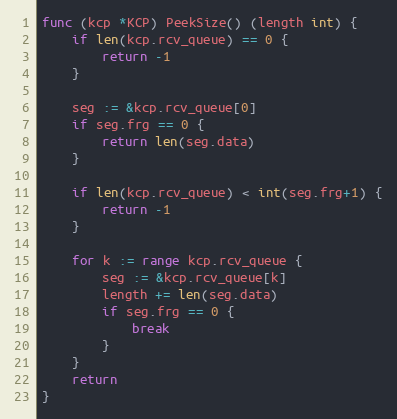
Language: Go
func (kcp *KCP) PeekSize() (length int) {
	if len(kcp.rcv_queue) == 0 {
		return -1
	}

	seg := &kcp.rcv_queue[0]
	if seg.frg == 0 {
		return len(seg.data)
	}

	if len(kcp.rcv_queue) < int(seg.frg+1) {
		return -1
	}

	for k := range kcp.rcv_queue {
		seg := &kcp.rcv_queue[k]
		length += len(seg.data)
		if seg.frg == 0 {
			break
		}
	}
	return
}